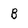
Character: B